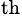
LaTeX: ^\textrm{th}